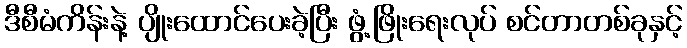
ဒီစီမံကိန်းနဲ့ ပျိုးထောင်ပေးခဲ့ပြီး ဖွံ့ဖြိုးရေးလုပ် စင်တာတစ်ခုနှင့်